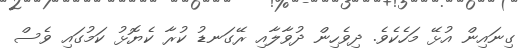
ގިނައިން އުޅޭ މަހެކެވެ. ދިވެހިން ދުވާލާއި ރޭގަނޑު ކުރާ ކެޔޮޅު ކަމުގައި ވެސް